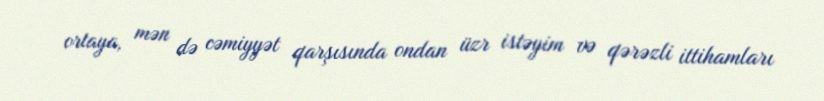
ortaya, mən də cəmiyyət qarşısında ondan üzr istəyim və qərəzli ittihamları